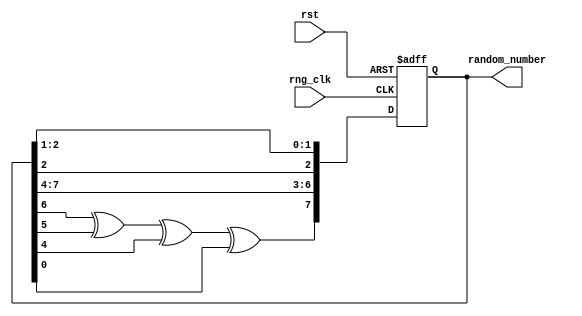
`timescale 1ns / 1ps
//////////////////////////////////////////////////////////////////////////////////
// Company: 
// Engineer: 
// 
// Design Name: 
// Module Name: Rng_8Bit
// Project Name: 
// Target Devices: 
// Tool Versions: 
// Description: 
// 
// Dependencies: 
// 
// Revision:
// Revision 0.01 - File Created
// Additional Comments:
// 
//////////////////////////////////////////////////////////////////////////////////


module Rng_8Bit(
    input rng_clk,
    input rst,
    output reg [7:0] random_number = 8'b00000001
    );
    
    always @(posedge rng_clk, posedge rst) begin
        if (rst == 1) begin
            random_number <= 8'b00000001;
        end else begin
            random_number[0] <= random_number[1];
            random_number[1] <= random_number[2];
            random_number[3] <= random_number[4];
            random_number[4] <= random_number[5];
            random_number[5] <= random_number[6];
            random_number[6] <= random_number[7];
            random_number[7] <= random_number[6] ^ random_number[5] ^ random_number[4] ^ random_number[0];
        end
    end
endmodule